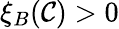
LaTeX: \xi_{B}(\mathcal{C})>0